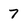
Character: 7